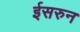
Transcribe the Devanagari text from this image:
ईसरुन